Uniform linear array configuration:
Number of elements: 32
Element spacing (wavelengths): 0.5
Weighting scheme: uniform
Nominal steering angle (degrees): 45
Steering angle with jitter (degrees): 45.128
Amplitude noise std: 0.05
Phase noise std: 0.05

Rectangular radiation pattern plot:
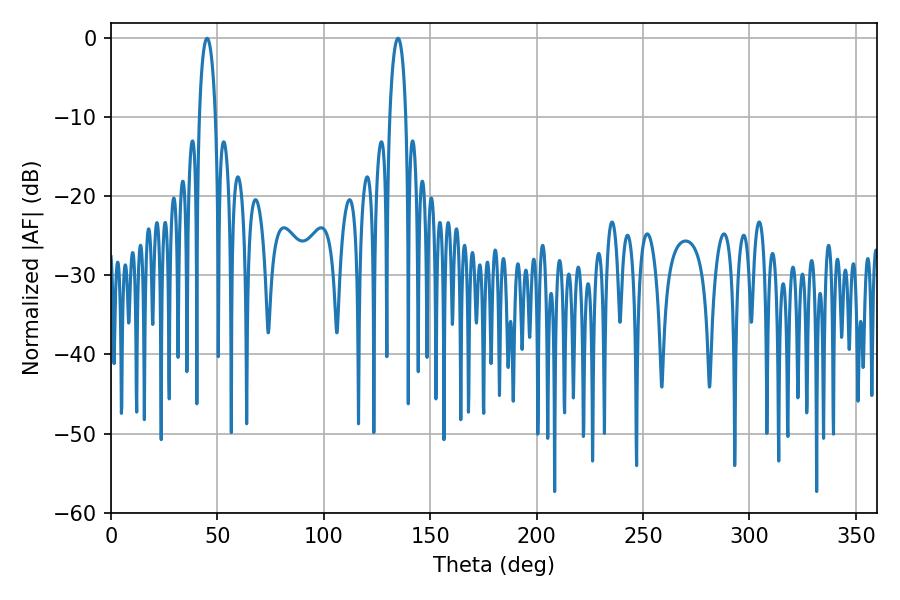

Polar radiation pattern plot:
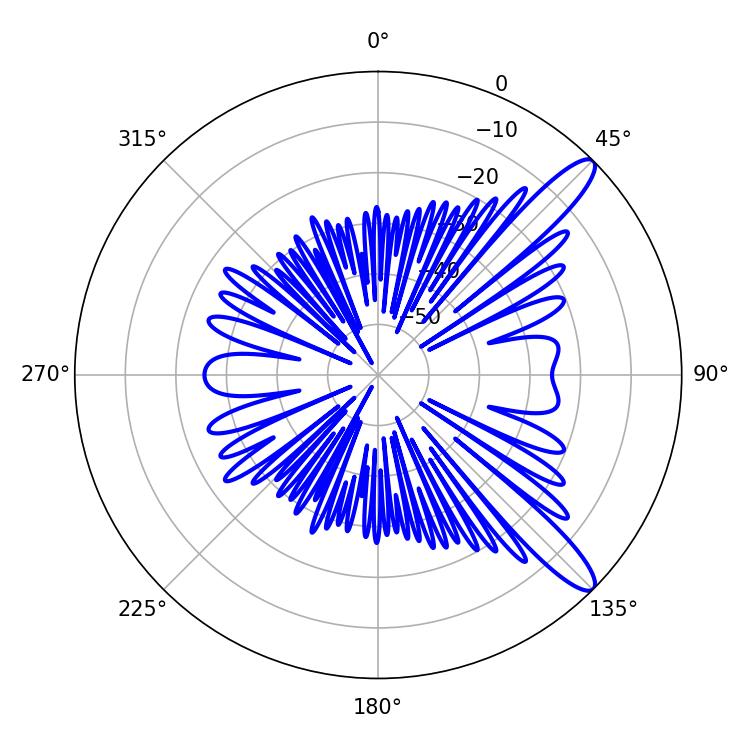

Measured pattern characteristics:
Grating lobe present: FALSE
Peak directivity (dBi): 12.09
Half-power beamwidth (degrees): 4.32
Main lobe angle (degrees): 45.18